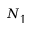
N _ { \uparrow }